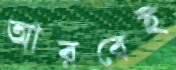
আরবেই